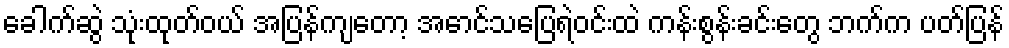
ခေါက်ဆွဲ သုံးထုတ်ဝယ် အပြန်ကျတော့ အောင်သပြေရဲဝင်းထဲ ကန်းစွန်းခင်းတွေ ဘက်က ပတ်ပြန်